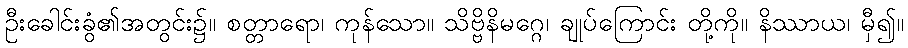
ဦးခေါင်းခွံ၏အတွင်း၌။ စတ္တာရော၊ ကုန်သော။ သိဗ္ဗိနိမဂ္ဂေ၊ ချုပ်ကြောင်း တို့ကို။ နိဿာယ၊ မှီ၍။